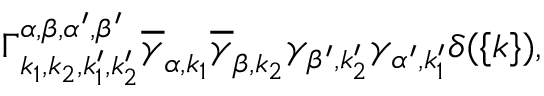
\Gamma _ { { k _ { 1 } } , { k _ { 2 } } , { { k } _ { 1 } ^ { \prime } } , { { k } _ { 2 } ^ { \prime } } } ^ { \alpha , \beta , \alpha ^ { \prime } , \beta ^ { \prime } } \overline { { \gamma } } _ { \alpha , { k } _ { 1 } } \overline { { \gamma } } _ { \beta , { k } _ { 2 } } \gamma _ { \beta ^ { \prime } , { k } _ { 2 } ^ { \prime } } \gamma _ { \alpha ^ { \prime } , { k } _ { 1 } ^ { \prime } } \delta ( \{ k \} ) ,